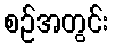
စဉ်အတွင်း